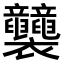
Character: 𧟛